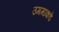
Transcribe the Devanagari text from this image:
उगमाकडे